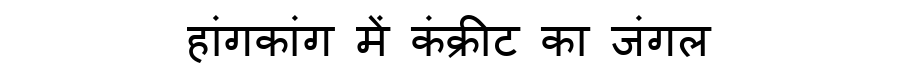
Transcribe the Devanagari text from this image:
हांगकांग में कंक्रीट का जंगल